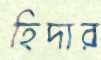
হিদার